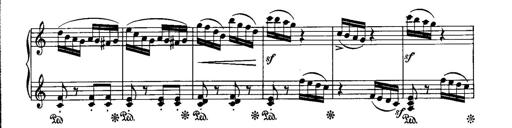
Title: Piano Sonatina No.1, Op.146
Composer: Stephen Heller